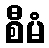
စီမံ